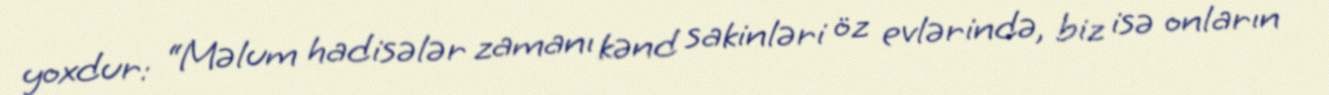
yoxdur: “Məlum hadisələr zamanı kənd sakinləri öz evlərində, biz isə onların